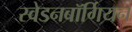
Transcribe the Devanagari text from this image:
स्वेडनबॉर्गियन